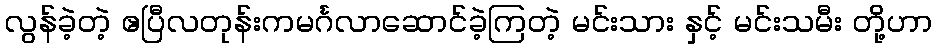
လွန်ခဲ့တဲ့ ဧပြီလတုန်းကမင်္ဂလာဆောင်ခဲ့ကြတဲ့ မင်းသား နှင့် မင်းသမီး တို့ဟာ